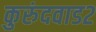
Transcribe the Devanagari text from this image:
कुरुंदवाड२